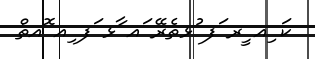
ކަ ިއ ީރ ަފ ުޅތެރޭ ައ ާޅ ަފ ިއ ޮއތް